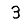
Digit: 3